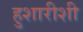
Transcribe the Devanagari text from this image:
हुशारीशी